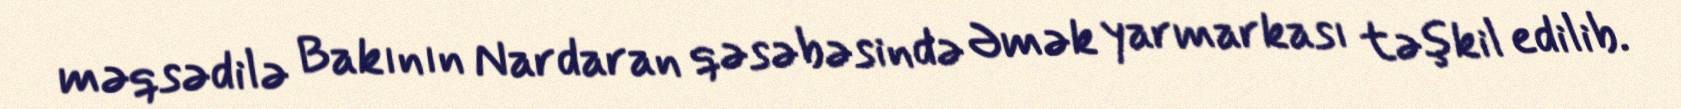
məqsədilə Bakının Nardaran qəsəbəsində Əmək yarmarkası təşkil edilib.